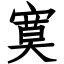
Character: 寞